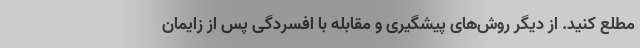
مطلع کنید. از دیگر روش‌های پیشگیری و مقابله با افسردگی پس از زایمان